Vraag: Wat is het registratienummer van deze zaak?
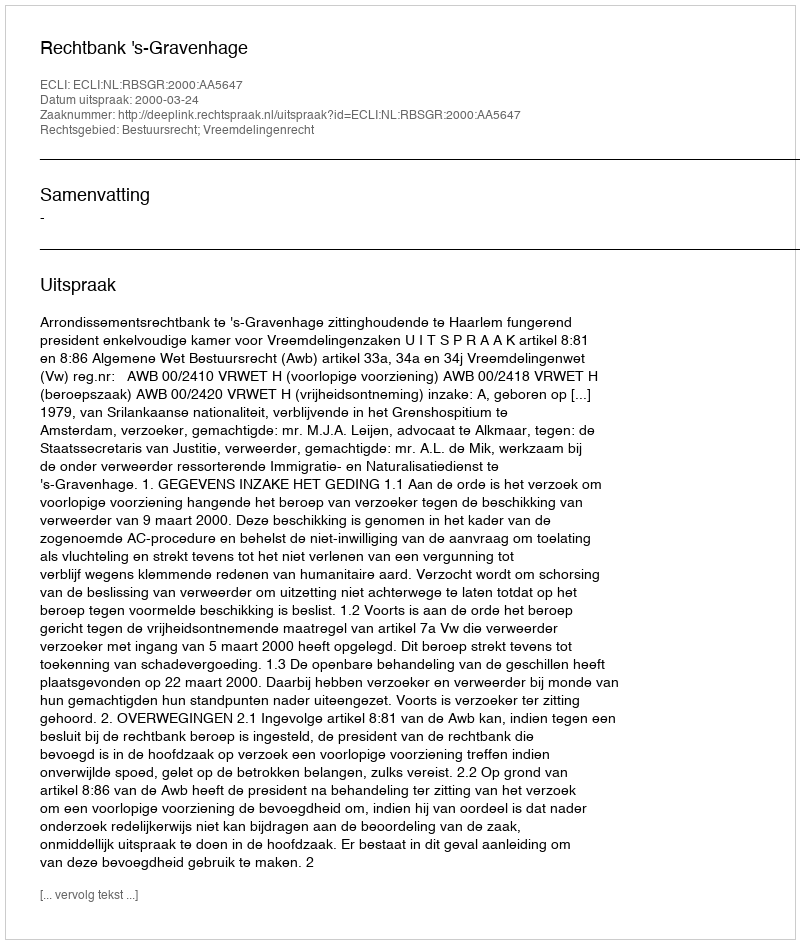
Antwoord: http://deeplink.rechtspraak.nl/uitspraak?id=ECLI:NL:RBSGR:2000:AA5647